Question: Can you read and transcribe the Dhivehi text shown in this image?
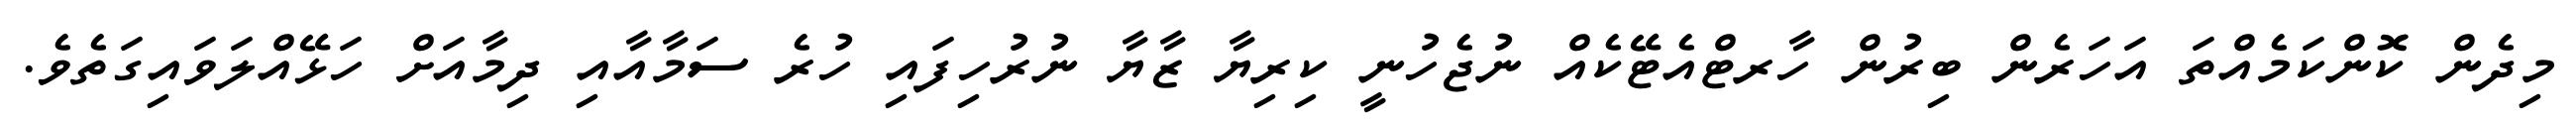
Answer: މިދެން ކޮންކަމެއްތަ އަހަރެން ބިރުން ހާރޓްއެޓޭކެއް ނުޖެހުނީ ކިރިޔާ ޒާޔާ ނުރުހިފައި ހުރެ ސަމާއާއި ދިމާއަށް ހަޅޭއްލަވައިގަތެވެ.